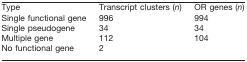
| Type | Transcript clusters (n) | OR genes (n) |
 | --- | --- | --- |
 | Single functional gene | 996 | 994 |
 | Single pseudogene | 34 | 34 |
 | Multiple gene | 112 | 104 |
 | No functional gene | 2 |  |